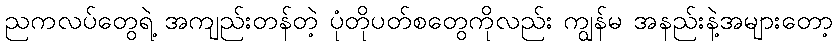
ညကလပ်တွေရဲ့ အကျည်းတန်တဲ့ ပုံတိုပတ်စတွေကိုလည်း ကျွန်မ အနည်းနဲ့အများတော့